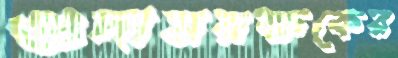
গুদামরক্ষকের